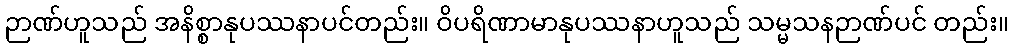
ဉာဏ်ဟူသည် အနိစ္စာနုပဿနာပင်တည်း။ ဝိပရိဏာမာနုပဿနာဟူသည် သမ္မသနဉာဏ်ပင် တည်း။